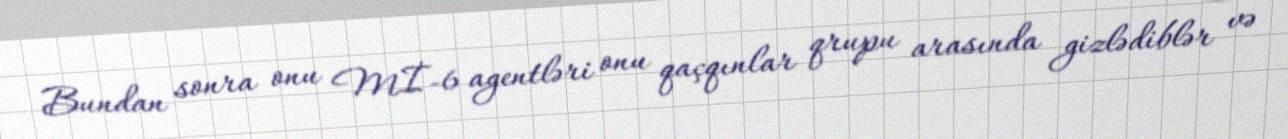
Bundan sonra onu Mİ-6 agentləri onu qaçqınlar qrupu arasında gizlədiblər və